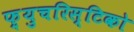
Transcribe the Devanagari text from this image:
फ़्युचरिस्टिको